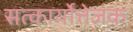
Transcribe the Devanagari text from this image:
सत्कार्योत्तेजक